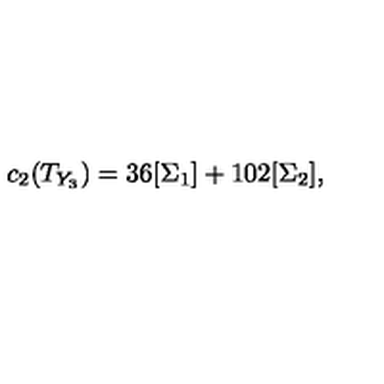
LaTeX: c _ { 2 } ( T _ { Y _ { 3 } } ) = 3 6 [ \Sigma _ { 1 } ] + 1 0 2 [ \Sigma _ { 2 } ] ,